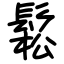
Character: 鬆